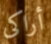
أراكى